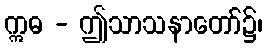
ဣဓ - ဤသာသနာတော်၌၊